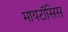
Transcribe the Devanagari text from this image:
मायटॉसिस